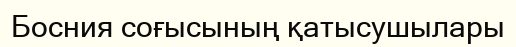
Босния соғысының қатысушылары